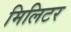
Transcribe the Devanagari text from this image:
मिलिटर